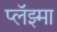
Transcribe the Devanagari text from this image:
प्लॅझ्मा